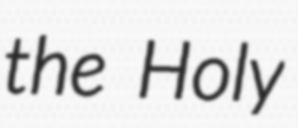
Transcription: the Holy